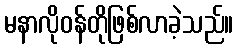
မနာလိုဝန်တိုဖြစ်လာခဲ့သည်။